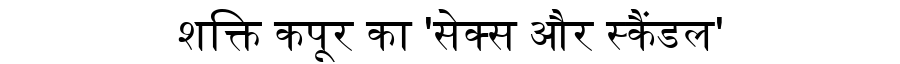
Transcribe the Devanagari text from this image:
शक्ति कपूर का 'सेक्स और स्कैंडल'